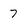
Character: 7